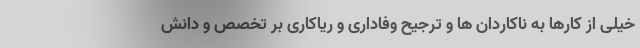
خیلی از کارها به ناکاردان ها و ترجیح وفاداری و ریاکاری بر تخصص و دانش